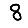
Digit: 8